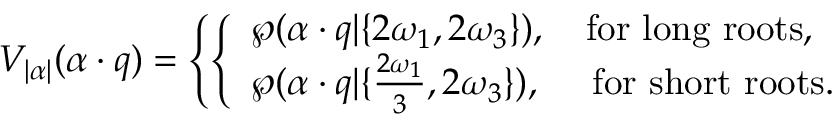
V _ { | \alpha | } ( \alpha \cdot q ) = \left\{ \left\{ \begin{array} { l l } { { \wp ( \alpha \cdot q | \{ 2 \omega _ { 1 } , 2 \omega _ { 3 } \} ) , \quad \mathrm { f o r ~ l o n g ~ r o o t s } , } } \\ { { \wp ( \alpha \cdot q | \{ { \frac { 2 \omega _ { 1 } } { 3 } } , 2 \omega _ { 3 } \} ) , \quad \ \mathrm { f o r ~ s h o r t ~ r o o t s } . } } \end{array} \right. \right.